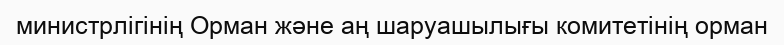
министрлігінің Орман және аң шаруашылығы комитетінің орман